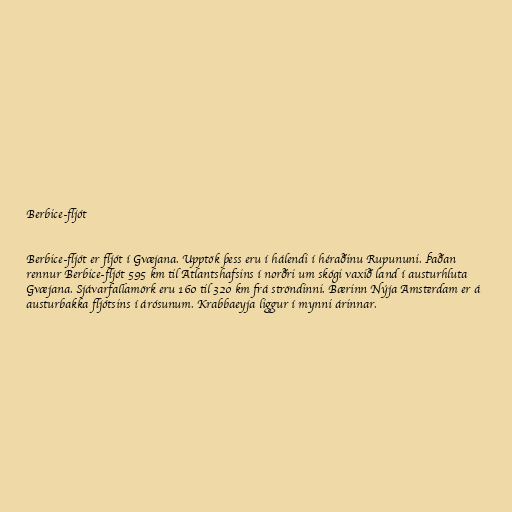
Berbice-fljót

Berbice-fljót er fljót í Gvæjana. Upptök þess eru í hálendi í héraðinu Rupununi. Þaðan
rennur Berbice-fljót 595 km til Atlantshafsins í norðri um skógi vaxið land í austurhluta
Gvæjana. Sjávarfallamörk eru 160 til 320 km frá ströndinni. Bærinn Nýja Amsterdam er á
austurbakka fljótsins í árósunum. Krabbaeyja liggur í mynni árinnar.